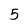
Character: 5